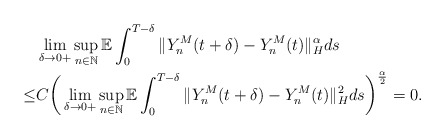
\begin{align*}& \lim_{\delta\rightarrow 0+} \sup_{n\in\mathbb{N}} \mathbb{E} \int_0^{T-\delta} \Vert Y_n^M (t+\delta) - Y_n^M (t) \Vert_{H}^{\alpha} ds \\\leq & C \bigg( \lim_{\delta\rightarrow 0+} \sup_{n\in\mathbb{N}} \mathbb{E} \int_0^{T-\delta} \Vert Y_n^M (t+\delta) - Y_n^M (t) \Vert_{H}^{2} ds \bigg)^{\frac{\alpha}{2}} = 0.\end{align*}